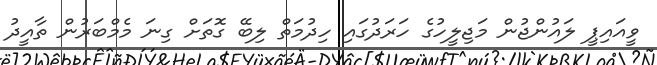
ވީއައިޕީ ލައުންޖުން މަޖިލީހުގެ ހަރަދުގައި ހިދުމަތް ލިބޭ ގޮތަަށް ގިނަ މެމްބަރުން ތާއީދު